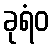
ခုရံဝ